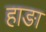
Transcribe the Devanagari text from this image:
हाङा